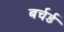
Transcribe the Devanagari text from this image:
बर्चर्ड